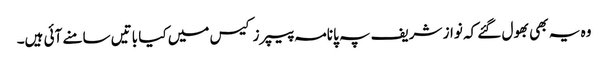
وہ یہ بھی بھول گئے کہ نواز شریف پہ پانامہ پیپرز کیس میں کیا باتیں سامنے آئی ہیں۔